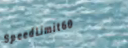
SpeedLimit60